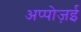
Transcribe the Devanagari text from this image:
अप्पोज़ई